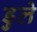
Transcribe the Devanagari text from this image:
डुले